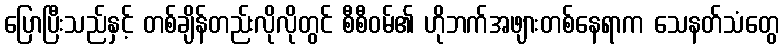
ပြောပြီးသည်နှင့် တစ်ချိန်တည်းလိုလိုတွင် စီစီဝမ်၏ ဟိုဘက်အဖျားတစ်နေရာက သေနတ်သံတွေ